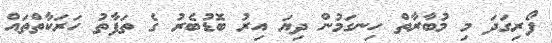
ފޯރިގަދަ މި މުބާރާތް ހިނގަމުން ދިޔަ އިރު ބޮޑުބެރު ގެ ތަފާތު ހަރަކާތްތައް